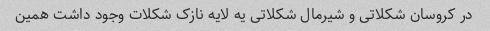
در کروسان شکلاتی و شیرمال شکلاتی یه لایه نازک شکلات وجود داشت همین